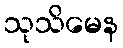
သုသိမေန